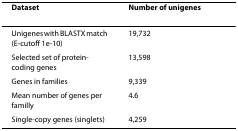
<table><thead><tr><td><b>Dataset</b></td><td><b>Number of unigenes</b></td></tr></thead><tbody><tr><td>Unigenes with BLASTX match (E-cutoff 1e-10)</td><td>19,732</td></tr><tr><td>Selected set of protein-coding genes</td><td>13,598</td></tr><tr><td>Genes in families</td><td>9,339</td></tr><tr><td>Mean number of genes per familly</td><td>4.6</td></tr><tr><td>Single-copy genes (singlets)</td><td>4,259</td></tr></tbody></table>